Report of veterinary surgeon J.H. Steel, A.V.D., on his investigation into an obscure and fatal disease among transport mules in British Burma
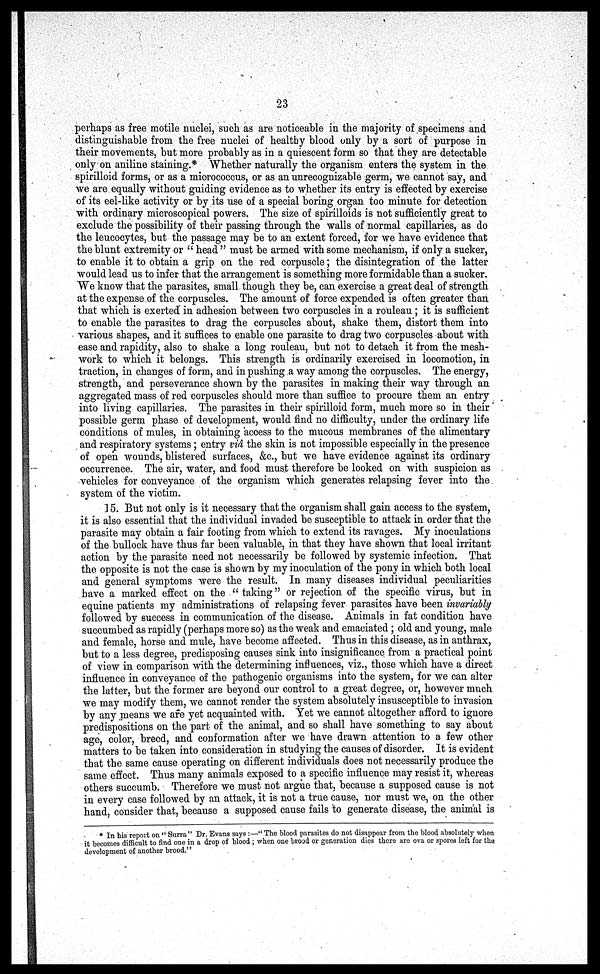
23
perhaps as free motile nuclei, such as are noticeable in the majority of specimens and
distinguishable from the free nuclei of healthy blood only by a sort of purpose in
their movements, but more probably as in a quiescent form so that they are detectable
only on aniline staining.* Whether naturally the organism enters the system in the
spirilloid forms, or as a micrococcus, or as an unrecognizable germ, we cannot say, and
we are equally without guiding evidence as to whether its entry is effected by exercise
of its eel-like activity or by its use of a special boring organ too minute for detection
with ordinary microscopical powers. The size of spirilloids is not sufficiently great to
exclude the possibility of their passing through the walls of normal capillaries, as do
the leucocytes, but the passage may be to an extent forced, for we have evidence that
the blunt extremity or " head " must be armed with some mechanism, if only a sucker,
to enable it to obtain a grip on the red corpuscle; the disintegration of the latter
would lead us to infer that the arrangement is something more formidable than a sucker.
"We know that the parasites, small though they be, can exercise a great deal of strength
at the expense of the corpuscles. The amount of force expended is often greater than
that which is exerted in adhesion between two corpuscles in a rouleau; it is sufficient
to enable the parasites to drag the corpuscles about, shake them, distort them into
various shapes, and it suffices to enable one parasite to drag two corpuscles about with
ease and rapidity, also to shake a long rouleau, but not to detach it from the mesh-
work to which it belongs. This strength is ordinarily exercised in locomotion, in
traction, in changes of form, and in pushing a way among the corpuscles. The energy,
strength, and perseverance shown by the parasites in making their way through an
aggregated mass of red corpuscles should more than suffice to procure them an entry
into living capillaries. The parasites in their spirilloid form, much more so in their
possible germ phase of development, would find no difficulty, under the ordinary life
conditions of mules, in obtaining access to the mucous membranes of the alimentary
and respiratory systems; entry via the skin is not impossible especially in the presence
of open wounds, blistered surfaces, &c, but we have evidence against its ordinary
occurrence. The air, water, and food must therefore be looked on with suspicion as
vehicles for conveyance of the organism which generates relapsing fever into the
system of the victim.
15. But not only is it necessary that the organism shall gain access to the system,
it is also essential that the individual invaded be susceptible to attack in order that the
parasite may obtain a fail footing from which to extend its ravages. My inoculations
of the bullock have thus far been valuable, in that they have shown that local irritant
action by the parasite need not necessarily be followed by systemic infection. That
the opposite is not the case is shown by my inoculation of the pony in which both local
and general symptoms were the result. In many diseases individual peculiarities
have a marked effect on the " taking" or rejection of the specific virus, but in
equine patients my administrations of relapsing fever parasites have been invariably
followed by success in communication of the disease. Animals in fat condition have
succumbed as rapidly (perhaps more so) as the weak and emaciated ; old and young, male
and female, horse and mule, have become affected. Thus in this disease, as in anthrax,
but to a less degree, predisposing causes sink into insignificance from a practical point
of view in comparison with the determining influences, viz., those which have a direct
influence in conveyance of the pathogenic organisms into the system, for we can alter
the latter, but the former are beyond our control to a great degree, or, however much
we may modify them, we cannot render the system absolutely insusceptible to invasion
by any means we are yet acquainted with. Yet we cannot altogether afford to ignore
predispositions on the part of the animal, and so shall have something to say about
age, color, breed, and conformation after we have drawn attention to a few other
matters to be taken into consideration in studying the causes of disorder. It is evident
that the same cause operating on different individuals does not necessarily produce the
same effect. Thus many animals exposed to a specific influence may resist it, whereas
others succumb. Therefore we must not argue that, because a supposed cause is not
in every case followed by an attack, it is not a true cause, nor must we, on the other
hand, consider that, because a supposed cause fails to generate disease, the animal is
* In his report on " Surra" Dr. Evans says :—" The blood parasites do not disappear from the blood absolutely when
it becomes difficult to find one in a drop of blood ; when one brood or generation dies there are ova or spores left for the
development of another brood.''